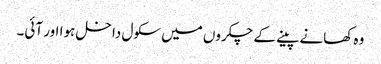
وہ کھانے پینے کے چکروں میں سکول داخل ہوا اور آئی۔